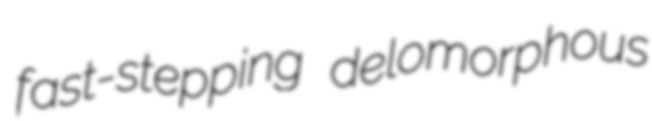
fast-stepping delomorphous